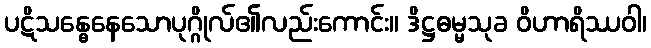
ပဋိသန္ဓေနေသောပုဂ္ဂိုလ်၏လည်းကောင်း။ ဒိဋ္ဌဓမ္မသုခ ဝိဟာရိဿဝါ၊